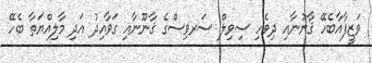
ވަޒީފާއާބެހޭ ޤާނޫނާއި ދިވެހި ސިވިލް ސަރވިސްގެ ޤާނޫނާއި ގަވާއިދު އަދި މާލިއްޔަތާ ބެހޭ